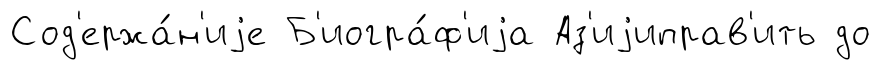
Сод'ержа́н'иjе Б'иогра́ф'иjа Аз'иjиправ'ить до